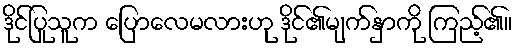
ဒိုင်ပြုသူက ပြောလေမလားဟု ဒိုင်၏မျက်နှာကို ကြည့်၏။